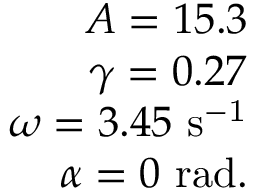
\begin{array} { r } { A = 1 5 . 3 } \\ { \gamma = 0 . 2 7 } \\ { \omega = 3 . 4 5 \, \, \mathrm { s ^ { - 1 } } } \\ { \alpha = 0 \, \, \mathrm { r a d } . } \end{array}